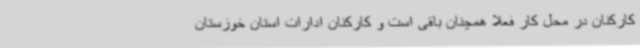
کارکنان در محل کار فعلا همچنان باقی است و کارکنان ادارات استان خوزستان